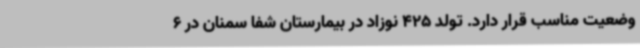
وضعیت مناسب قرار دارد. تولد 425 نوزاد در بیمارستان شفا سمنان در 6